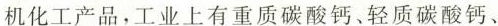
机化工产品，工业上有重质碳酸钙、轻质碳酸钙、